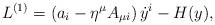
LaTeX: \begin{align*}L^{(1)}=\left(a_i-\eta^{\mu}A_{\mu i} \right) {\dot{y}}^i-H(y), \end{align*}